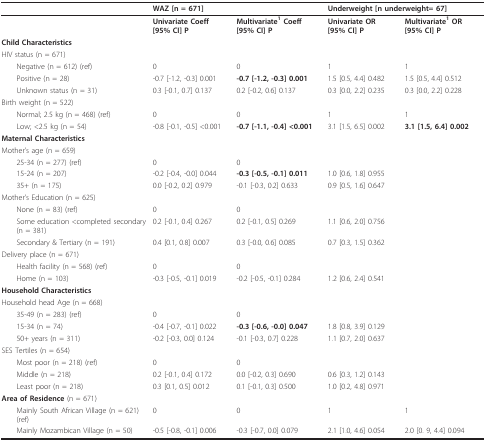
<table><thead><tr><td></td><td colspan="2"><b>WAZ [n = 671]</b></td><td colspan="2"><b>Underweight [n underweight= 67]</b></td></tr></thead><tbody><tr><td></td><td><b>Univariate Coeff</b><b>[95% CI] P</b></td><td><b>Multivariate</b><sup><b>1 </b></sup><b>Coeff</b><b>[95% CI] P</b></td><td><b>Univariate OR</b><b>[95% CI] P</b></td><td><b>Multivariate</b><sup><b>1 </b></sup><b>OR</b><b>[95% CI] P</b></td></tr><tr><td><b>Child Characteristics</b></td><td></td><td></td><td></td><td></td></tr><tr><td>HIV status (n = 671)</td><td></td><td></td><td></td><td></td></tr><tr><td> Negative (n = 612) (ref)</td><td>0</td><td>0</td><td>1</td><td>1</td></tr><tr><td> Positive (n = 28)</td><td>-0.7 [-1.2, -0.3] 0.001</td><td><b>-0.7 [-1.2, -0.3] 0.001</b></td><td>1.5 [0.5, 4.4] 0.482</td><td>1.5 [0.5, 4.4] 0.512</td></tr><tr><td> Unknown status (n = 31)</td><td>0.3 [-0.1, 0.7] 0.137</td><td>0.2 [-0.2, 0.6] 0.137</td><td>0.3 [0.0, 2.2] 0.235</td><td>0.3 [0.0, 2.2] 0.228</td></tr><tr><td>Birth weight (n = 522)</td><td></td><td></td><td></td><td></td></tr><tr><td> Normal; 2.5 kg (n = 468) (ref)</td><td>0</td><td>0</td><td>1</td><td>1</td></tr><tr><td> Low; &lt;2.5 kg (n = 54)</td><td>-0.8 [-0.1, -0.5] &lt;0.001</td><td><b>-0.7 [-1.1, -0.4] &lt;0.001</b></td><td>3.1 [1.5, 6.5] 0.002</td><td><b>3.1 [1.5, 6.4] 0.002</b></td></tr><tr><td><b>Maternal Characteristics</b></td><td></td><td></td><td></td><td></td></tr><tr><td>Mother&#x27;s age (n = 659)</td><td></td><td></td><td></td><td></td></tr><tr><td> 25-34 (n = 277) (ref)</td><td>0</td><td>0</td><td></td><td></td></tr><tr><td> 15-24 (n = 207)</td><td>-0.2 [-0.4, -0.0] 0.044</td><td><b>-0.3 [-0.5, -0.1] 0.011</b></td><td>1.0 [0.6, 1.8] 0.955</td><td></td></tr><tr><td> 35+ (n = 175)</td><td>0.0 [-0.2, 0.2] 0.979</td><td>-0.1 [-0.3, 0.2] 0.633</td><td>0.9 [0.5, 1.6] 0.647</td><td></td></tr><tr><td>Mother&#x27;s Education (n = 625)</td><td></td><td></td><td></td><td></td></tr><tr><td> None (n = 83) (ref)</td><td>0</td><td>0</td><td></td><td></td></tr><tr><td> Some education &lt;completed secondary (n = 381)</td><td>0.2 [-0.1, 0.4] 0.267</td><td>0.2 [-0.1, 0.5] 0.269</td><td>1.1 [0.6, 2.0] 0.756</td><td></td></tr><tr><td> Secondary &amp; Tertiary (n = 191)</td><td>0.4 [0.1, 0.8] 0.007</td><td>0.3 [-0.0, 0.6] 0.085</td><td>0.7 [0.3, 1.5] 0.362</td><td></td></tr><tr><td>Delivery place (n = 671)</td><td></td><td></td><td></td><td></td></tr><tr><td> Health facility (n = 568) (ref)</td><td>0</td><td>0</td><td></td><td></td></tr><tr><td> Home (n = 103)</td><td>-0.3 [-0.5, -0.1] 0.019</td><td>-0.2 [-0.5, -0.1] 0.284</td><td>1.2 [0.6, 2.4] 0.541</td><td></td></tr><tr><td><b>Household Characteristics</b></td><td></td><td></td><td></td><td></td></tr><tr><td>Household head Age (n = 668)</td><td></td><td></td><td></td><td></td></tr><tr><td> 35-49 (n = 283) (ref)</td><td>0</td><td>0</td><td></td><td></td></tr><tr><td> 15-34 (n = 74)</td><td>-0.4 [-0.7, -0.1] 0.022</td><td><b>-0.3 [-0.6, -0.0] 0.047</b></td><td>1.8 [0.8, 3.9] 0.129</td><td></td></tr><tr><td> 50+ years (n = 311)</td><td>-0.2 [-0.3, 0.0] 0.124</td><td>-0.1 [-0.3, 0.7] 0.228</td><td>1.1 [0.7, 2.0] 0.637</td><td></td></tr><tr><td>SES Tertiles (n = 654)</td><td></td><td></td><td></td><td></td></tr><tr><td> Most poor (n = 218) (ref)</td><td>0</td><td>0</td><td></td><td></td></tr><tr><td> Middle (n = 218)</td><td>0.2 [-0.1, 0.4] 0.172</td><td>0.0 [-0.2, 0.3] 0.690</td><td>0.6 [0.3, 1.2] 0.143</td><td></td></tr><tr><td> Least poor (n = 218)</td><td>0.3 [0.1, 0.5] 0.012</td><td>0.1 [-0.1, 0.3] 0.500</td><td>1.0 [0.2, 4.8] 0.971</td><td></td></tr><tr><td><b>Area of Residence </b>(n = 671)</td><td></td><td></td><td></td><td></td></tr><tr><td> Mainly South African Village (n = 621) (ref)</td><td>0</td><td>0</td><td>1</td><td>1</td></tr><tr><td> Mainly Mozambican Village (n = 50)</td><td>-0.5 [-0.8, -0.1] 0.006</td><td>-0.3 [-0.7, 0.0] 0.079</td><td>2.1 [1.0, 4.6] 0.054</td><td>2.0 [0. 9, 4.4] 0.094</td></tr></tbody></table>